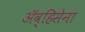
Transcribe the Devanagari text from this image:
ॲव्हिसेना